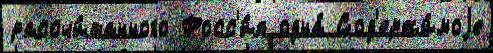
рассчи́танного Росс'и́я одна́ Сод'ержи́моjе